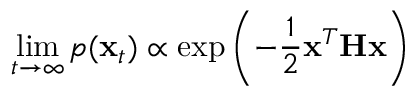
\operatorname* { l i m } _ { t \rightarrow \infty } p ( \mathbf { x } _ { t } ) \propto \exp \left( - \frac { 1 } { 2 } \mathbf { x } ^ { T } \mathbf { H } \mathbf { x } \right)